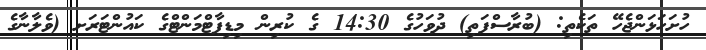
ހުށަހަޅަންޖެހޭ ތަކެތި: (ބުރާސްފަތި) ދުވަހުގެ 14:30 ގެ ކުރިން މިޑިޕާޓްމަންޓްގެ ކައުންޓަރަށ (ވެލާނާގެ